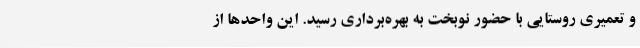
و تعمیری روستایی با حضور نوبخت به بهره‌برداری رسید. این واحدها از